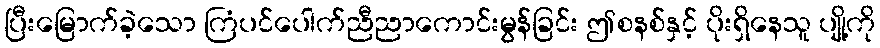
ပြီးမြောက်ခဲ့သော ကြံပင်ပေါက်ညီညာကောင်းမွန်ခြင်း ဤစနစ်နှင့် ပိုးရှိနေသူ ပျို့ကို